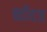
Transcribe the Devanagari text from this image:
ब्‍वॉयज